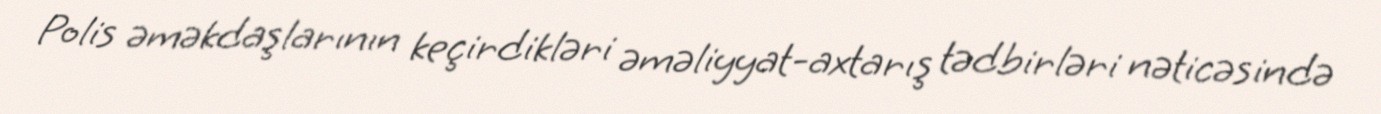
Polis əməkdaşlarının keçirdikləri əməliyyat-axtarış tədbirləri nəticəsində